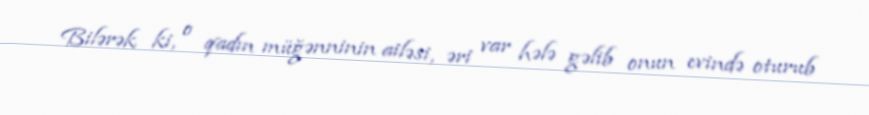
Bilərək ki, o qadın müğənninin ailəsi, əri var hələ gəlib onun evində oturub